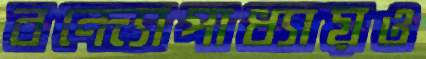
বন্দ্যোপাধ্যায়ও